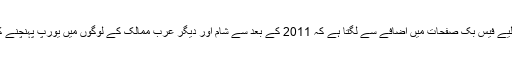
لیکن عربی بولنے والوں کے لیے فیس بک صفحات میں اضافے سے لگتا ہے کہ 2011 کے بعد سے شام اور دیگر عرب ممالک کے لوگوں میں یورپ پہنچنے کی خواہش میں اضافہ ہوا ہے۔